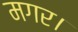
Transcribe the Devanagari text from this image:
मगर।